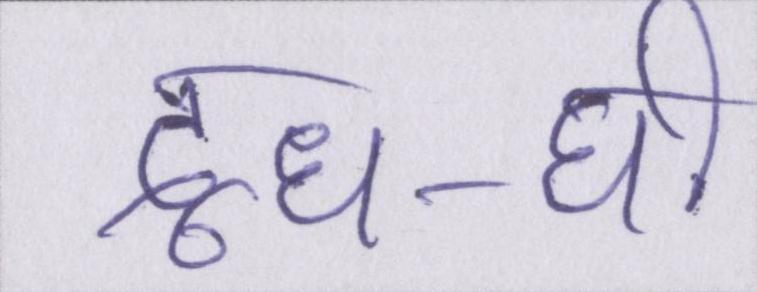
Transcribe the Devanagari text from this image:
दूध-घी